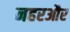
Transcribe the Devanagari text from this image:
नहरऔर